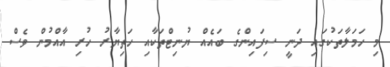
މި ހަމަލާތަކުގައި ދަނީ ސިފައިންގެ ބައެއް ޔުނިޓްތަކާއި ހަތިޔާރު ހުރި އާއްމުން ވެސް